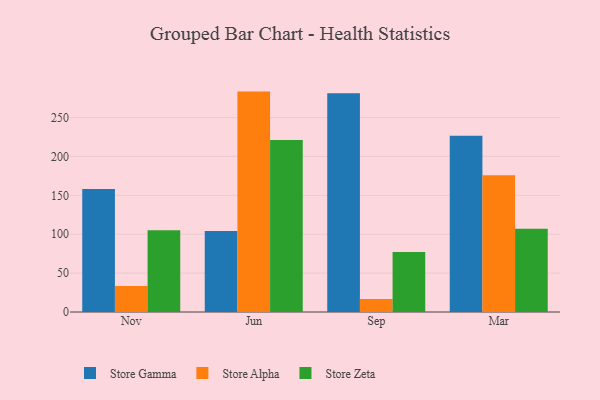
{"axis": {"x": "Month", "y": "Temperature (°C)"}, "legend": ["Store Alpha", "Store Gamma", "Store Zeta"], "data": [{"x": "Nov", "y": 158.0, "type": "Store Gamma"}, {"x": "Nov", "y": 33.3, "type": "Store Alpha"}, {"x": "Nov", "y": 105.2, "type": "Store Zeta"}, {"x": "Jun", "y": 104.0, "type": "Store Gamma"}, {"x": "Jun", "y": 283.4, "type": "Store Alpha"}, {"x": "Jun", "y": 221.2, "type": "Store Zeta"}, {"x": "Sep", "y": 281.2, "type": "Store Gamma"}, {"x": "Sep", "y": 16.6, "type": "Store Alpha"}, {"x": "Sep", "y": 77.3, "type": "Store Zeta"}, {"x": "Mar", "y": 226.6, "type": "Store Gamma"}, {"x": "Mar", "y": 175.9, "type": "Store Alpha"}, {"x": "Mar", "y": 106.9, "type": "Store Zeta"}]}